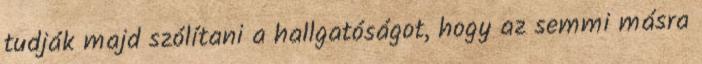
tudják majd szólítani a hallgatóságot, hogy az semmi másra